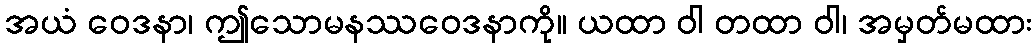
အယံ ဝေဒနာ၊ ဤသောမနဿဝေဒနာကို။ ယထာ ဝါ တထာ ဝါ၊ အမှတ်မထား